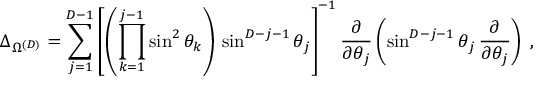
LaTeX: \Delta _ { \Omega ^ { ( { D } ) } } = \sum _ { j = 1 } ^ { { D } - 1 } \left[ \left( \prod _ { k = 1 } ^ { j - 1 } \sin ^ { 2 } \theta _ { k } \right) \, \sin ^ { { D } - j - 1 } \theta _ { j } \right] ^ { - 1 } \frac { \partial } { \partial \theta _ { j } } \left( \sin ^ { { D } - j - 1 } \theta _ { j } \, \frac { \partial } { \partial \theta _ { j } } \right) \; ,